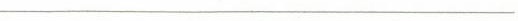
________________________________________________